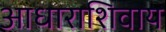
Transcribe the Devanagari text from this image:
आधाराशिवाय